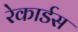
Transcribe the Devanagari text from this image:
रेकार्डस